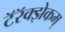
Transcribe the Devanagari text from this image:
टॅरॅक्झेकम्‌